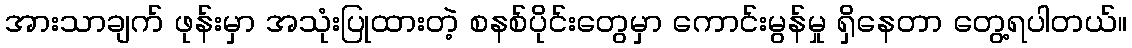
အားသာချက် ဖုန်းမှာ အသုံးပြုထားတဲ့ စနစ်ပိုင်းတွေမှာ ကောင်းမွန်မှု ရှိနေတာ တွေ့ရပါတယ်။